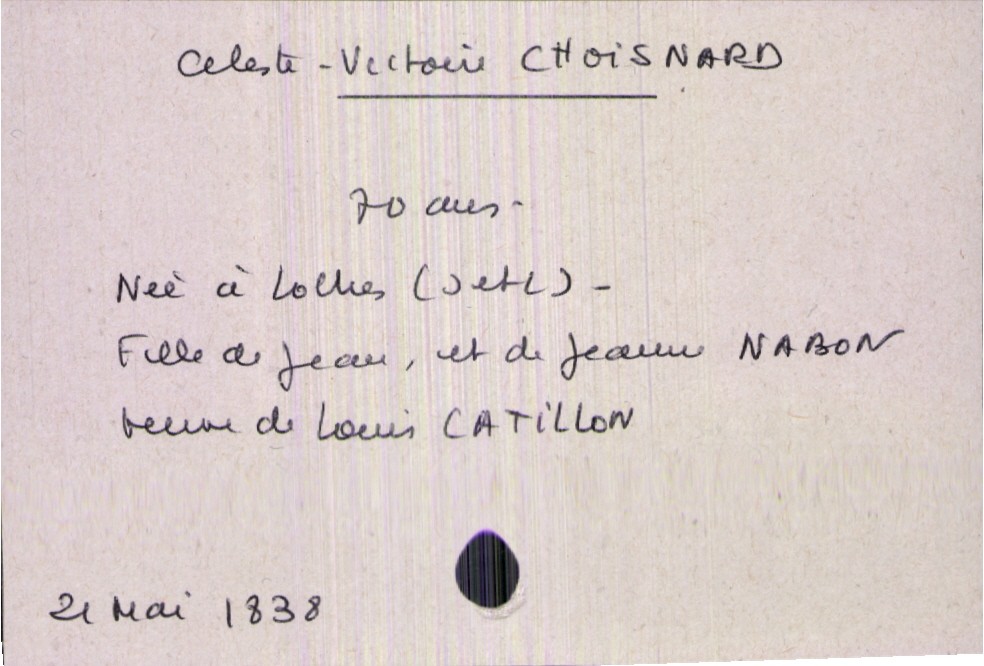
type_acte: Décès
année: 1838
mois: mai
jour: 21
défunt_nom: Choisnard
défunt_prénom: Celeste-Victoire
défunt_sexe: F
défunt_âge: 70 ans
défunt_lieu_de_naissance: Loches (Indre-et-Loire)
défunt_statut: veuf(ve)
père_défunt_nom: Choisnard
père_défunt_prénom: Jean
mère_défunt_nom: Nabon
mère_défunt_prénom: Jeanne